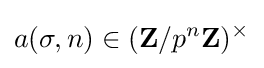
a(\sigma ,n)\in (\mathbf {Z} /p^{n}\mathbf {Z} )^{\times }